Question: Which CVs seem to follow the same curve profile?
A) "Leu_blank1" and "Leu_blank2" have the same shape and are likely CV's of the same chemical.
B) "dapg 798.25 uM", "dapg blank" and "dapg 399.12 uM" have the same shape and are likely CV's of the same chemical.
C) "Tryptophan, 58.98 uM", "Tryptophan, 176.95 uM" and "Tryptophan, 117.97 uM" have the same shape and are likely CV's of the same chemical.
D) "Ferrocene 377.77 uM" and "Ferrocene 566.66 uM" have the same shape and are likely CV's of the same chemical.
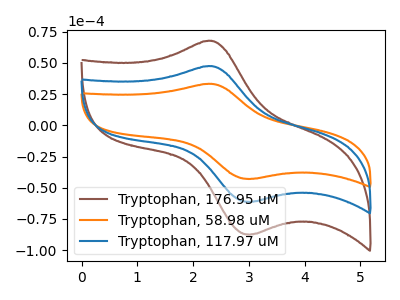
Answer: <think>The brown curve "Tryptophan, 176.95 uM" has an anodic peak at (2.30V, 94.80uA) and a cathodic peak at (3.05V, -122.30uA). The orange curve "Tryptophan, 58.98 uM" has an anodic peak at (2.30V, 33.20uA) and a cathodic peak at (3.05V, -42.85uA). The blue curve "Tryptophan, 117.97 uM" has an anodic peak at (2.30V, 47.40uA) and a cathodic peak at (3.05V, -61.15uA).
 All the peaks in "Tryptophan, 176.95 uM" have a peak in "Tryptophan, 58.98 uM" at the same potential. Every peak in "Tryptophan, 176.95 uM" is higher than every peak in "Tryptophan, 58.98 uM". All the peaks in "Tryptophan, 176.95 uM" have a peak in "Tryptophan, 117.97 uM" at the same potential. Every peak in "Tryptophan, 176.95 uM" is higher than every peak in "Tryptophan, 117.97 uM". All the peaks in "Tryptophan, 58.98 uM" have a peak in "Tryptophan, 117.97 uM" at the same potential. Every peak in "Tryptophan, 58.98 uM" is lower than every peak in "Tryptophan, 117.97 uM".</think>
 <answer>C) "Tryptophan, 58.98 uM", "Tryptophan, 176.95 uM" and "Tryptophan, 117.97 uM" have the same shape and are likely CV's of the same chemical.</answer>
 <eval>C</eval>